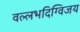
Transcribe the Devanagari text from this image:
वल्लभदिग्विजय